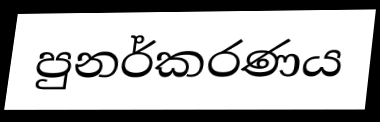
පුනර්කරණය